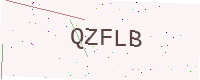
Text: QZFLB